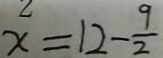
x = 1 2 - \frac { 9 } { 2 }